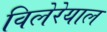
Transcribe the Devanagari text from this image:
विलेरेयाल